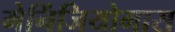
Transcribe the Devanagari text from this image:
मेनिंजियोमास